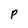
Character: p